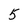
Character: 5